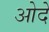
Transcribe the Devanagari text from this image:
ओदे